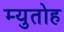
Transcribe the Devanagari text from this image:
म्युतोह